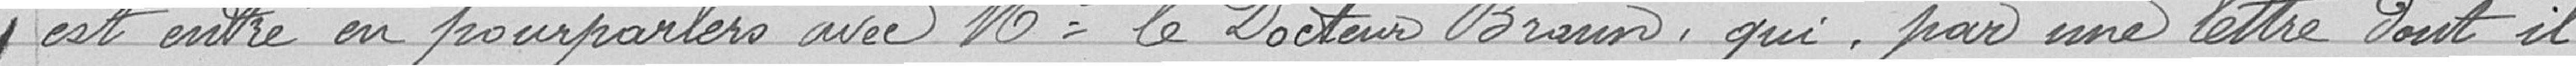
y est entré en pourparler avec Monsieur le Docteur BRAUN, qui, par une lettre dont il